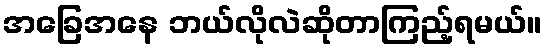
အခြေအနေ ဘယ်လိုလဲဆိုတာကြည့်ရမယ်။